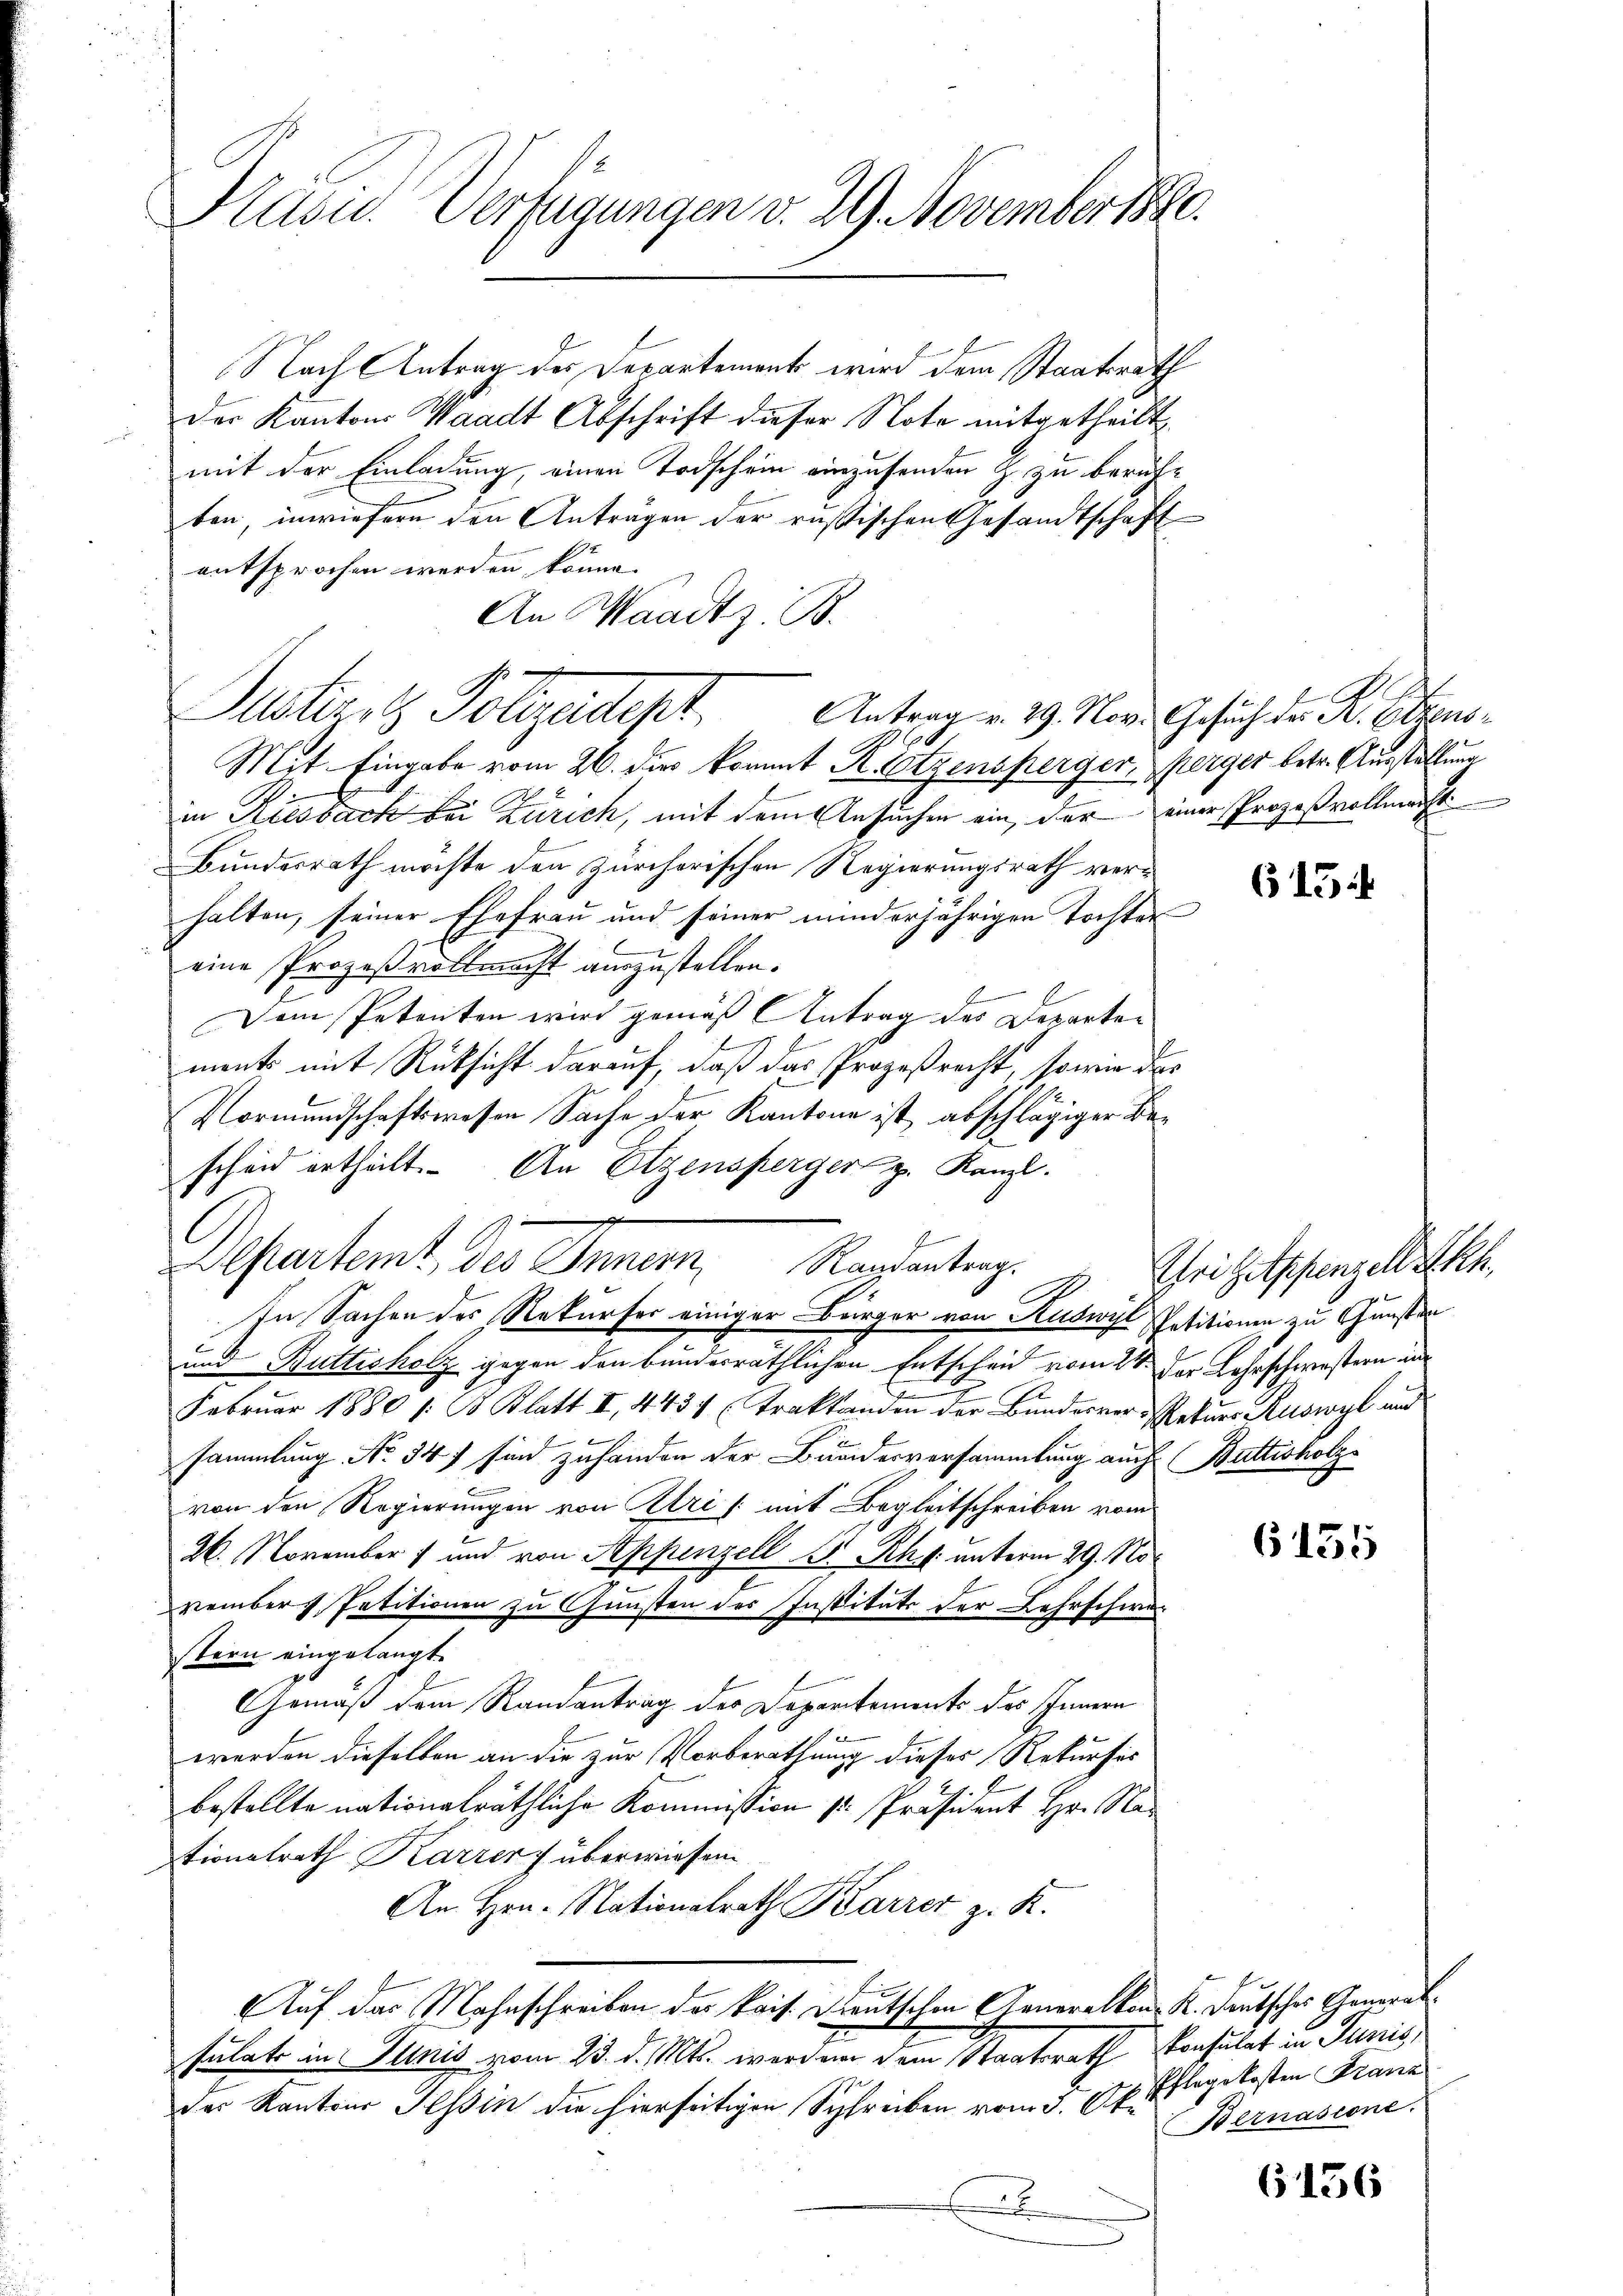
Kasu. Verfügungen v. 29. November 1880.

Musterst Folgedept.
Antrag v. 29. Nov. Gesuch des K. Ottens¬
0

Departemt, des Innern Randantrag.
In Sachen des Rekurser einiger Bürger von Auswyl Petitionen zu Gunsten

Nach Antrag des Departement wird dem Staatsrath
Der Kantons Waadt Abschrift dieser Note mitgetheilt
mit der Einladung, einen Todschein einzusenden Z. zu berufben, inwiefern den Anträgen der russischen Gesandtschaft
entsprochen werden könne.
An Waadt z. B.
Mit. Eingabe vom 26. dies kommt R. Etzensperger, Perger betr. Ausstellun
in Riesbach bei Zürich, mit dem Ansuchen ein, der einer Prozeßvollmacht
Bundesrath möchte den Zürcherischen Regierungsrath verhalten, seiner Ehefrau und seiner minderjährigen Tochter
eine Prozeßvollmacht auszustellen.
Dem Petenten wird gemäß Antrag des Departen
ment mit Rücksicht darauf, daß das Prozeßrecht, so wie des
Vormundschaftswesen Sache der Kantone ist abschlägiger Bescheid ertheilt. An Elzensperger z. Kanzl.
7

um Buttisholz gegen den bundesräthlichen Entscheid vom 2ten der Lehrschwestern und
Februar 1880 /: B. Blatt II, 443 (Traktanden der Bundesrer Rekurs Ruswyl und

sammlung No 347 sind zuhanden der Bundesversammlung auch (Buttisholz
von den Regierungen von Uri /: mit Begleitschreiben vom
26. November und von Appenzell A.-Rh. unterm 29. November Petitionen zu Gunsten des Instituts der Lehrschwe-
stern eingelangt.
Gemäß dem Randantrag des Departements des Innern
l
werden dieselben an die zur Vorberathung dieses Rekurses
bestellte nationalräthliche Kommission u. Präsident Hr. Na
tionalrath Karzer überwiesen
An Hrn. Nationalrath Barrer z. K.
Auf das Mahnschreiben des kais. Deutschen Generalkon K. Deutsches Generalsulats in Junis vom 23. d. Mts. werden dem Staatsrath Konsulat in Junis,
des Kantons Tessin die hierseitigen Schreiben vom 3. k. Pflegekosten Franz
.

615.

rigitpfenzell ich

G135

Bernasione.

6156